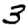
Digit: 3